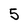
Character: 5